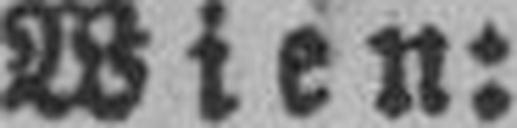
Wien: